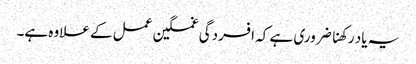
یہ یاد رکھنا ضروری ہے کہ افسردگی غمگین عمل کے علاوہ ہے۔